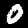
Label: 0